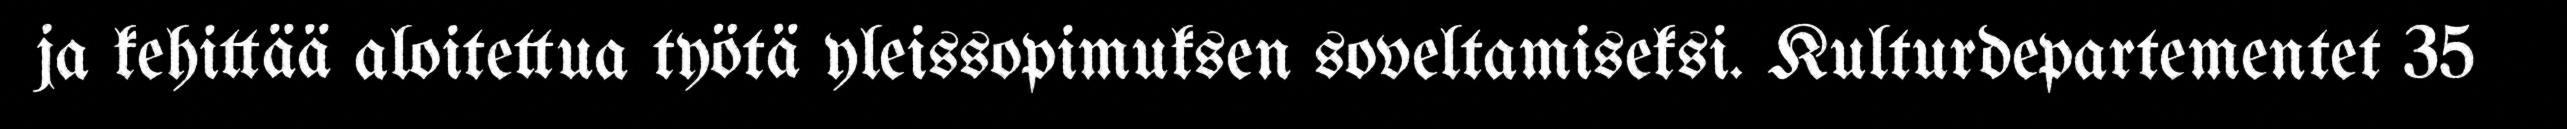
ja kehittää aloitettua työtä yleissopimuksen soveltamiseksi. Kulturdepartementet 35